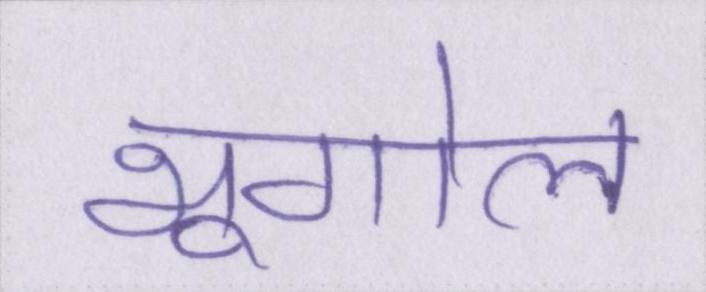
भूगोल